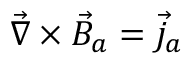
\vec { \nabla } \times \vec { B } _ { a } = \vec { j } _ { a }